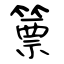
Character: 篻